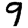
Digit: 9